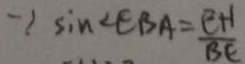
\because \sin \angle E B A = \frac { E H } { B E }